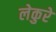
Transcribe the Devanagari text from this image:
लेकुरे